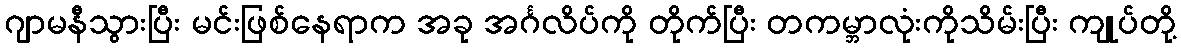
ဂျာမနီသွားပြီး မင်းဖြစ်နေရာက အခု အင်္ဂလိပ်ကို တိုက်ပြီး တကမ္ဘာလုံးကိုသိမ်းပြီး ကျုပ်တို့